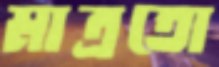
মাত্রতো